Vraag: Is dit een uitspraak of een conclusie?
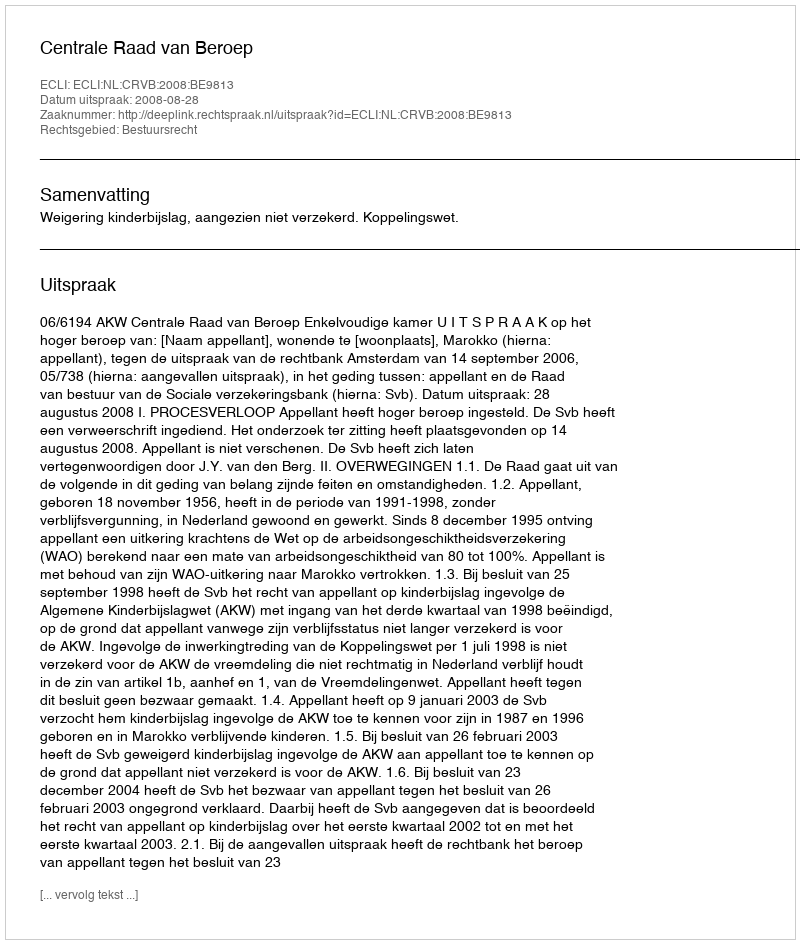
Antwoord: Uitspraak